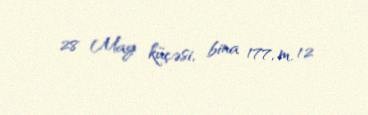
28 May küçəsi, bina 177, m. 12